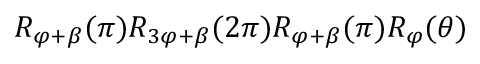
R _ { \varphi + \beta } ( \pi ) R _ { 3 \varphi + \beta } ( 2 \pi ) R _ { \varphi + \beta } ( \pi ) R _ { \varphi } ( \theta )